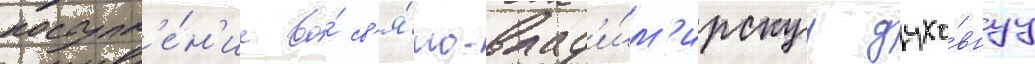
поступл'е́н'ие во́ св'я́то-влад'и́м'ирскуу духо́внуу